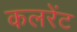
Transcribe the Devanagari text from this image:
कलरेंट